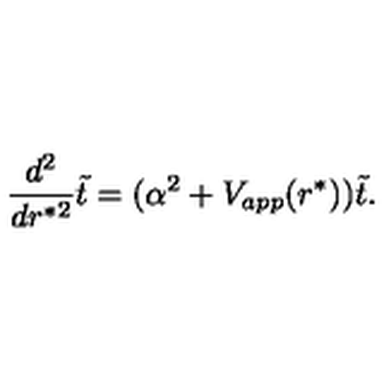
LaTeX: { \frac { d ^ { 2 } } { d r ^ { * 2 } } } \tilde { t } = ( \alpha ^ { 2 } + V _ { a p p } ( r ^ { * } ) ) \tilde { t } .